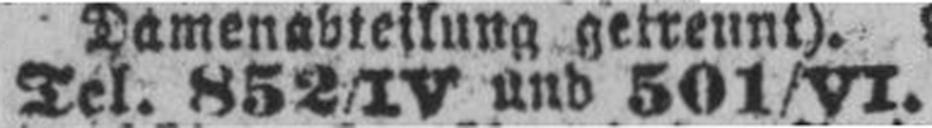
Tel. 852/IV und 501/VI.